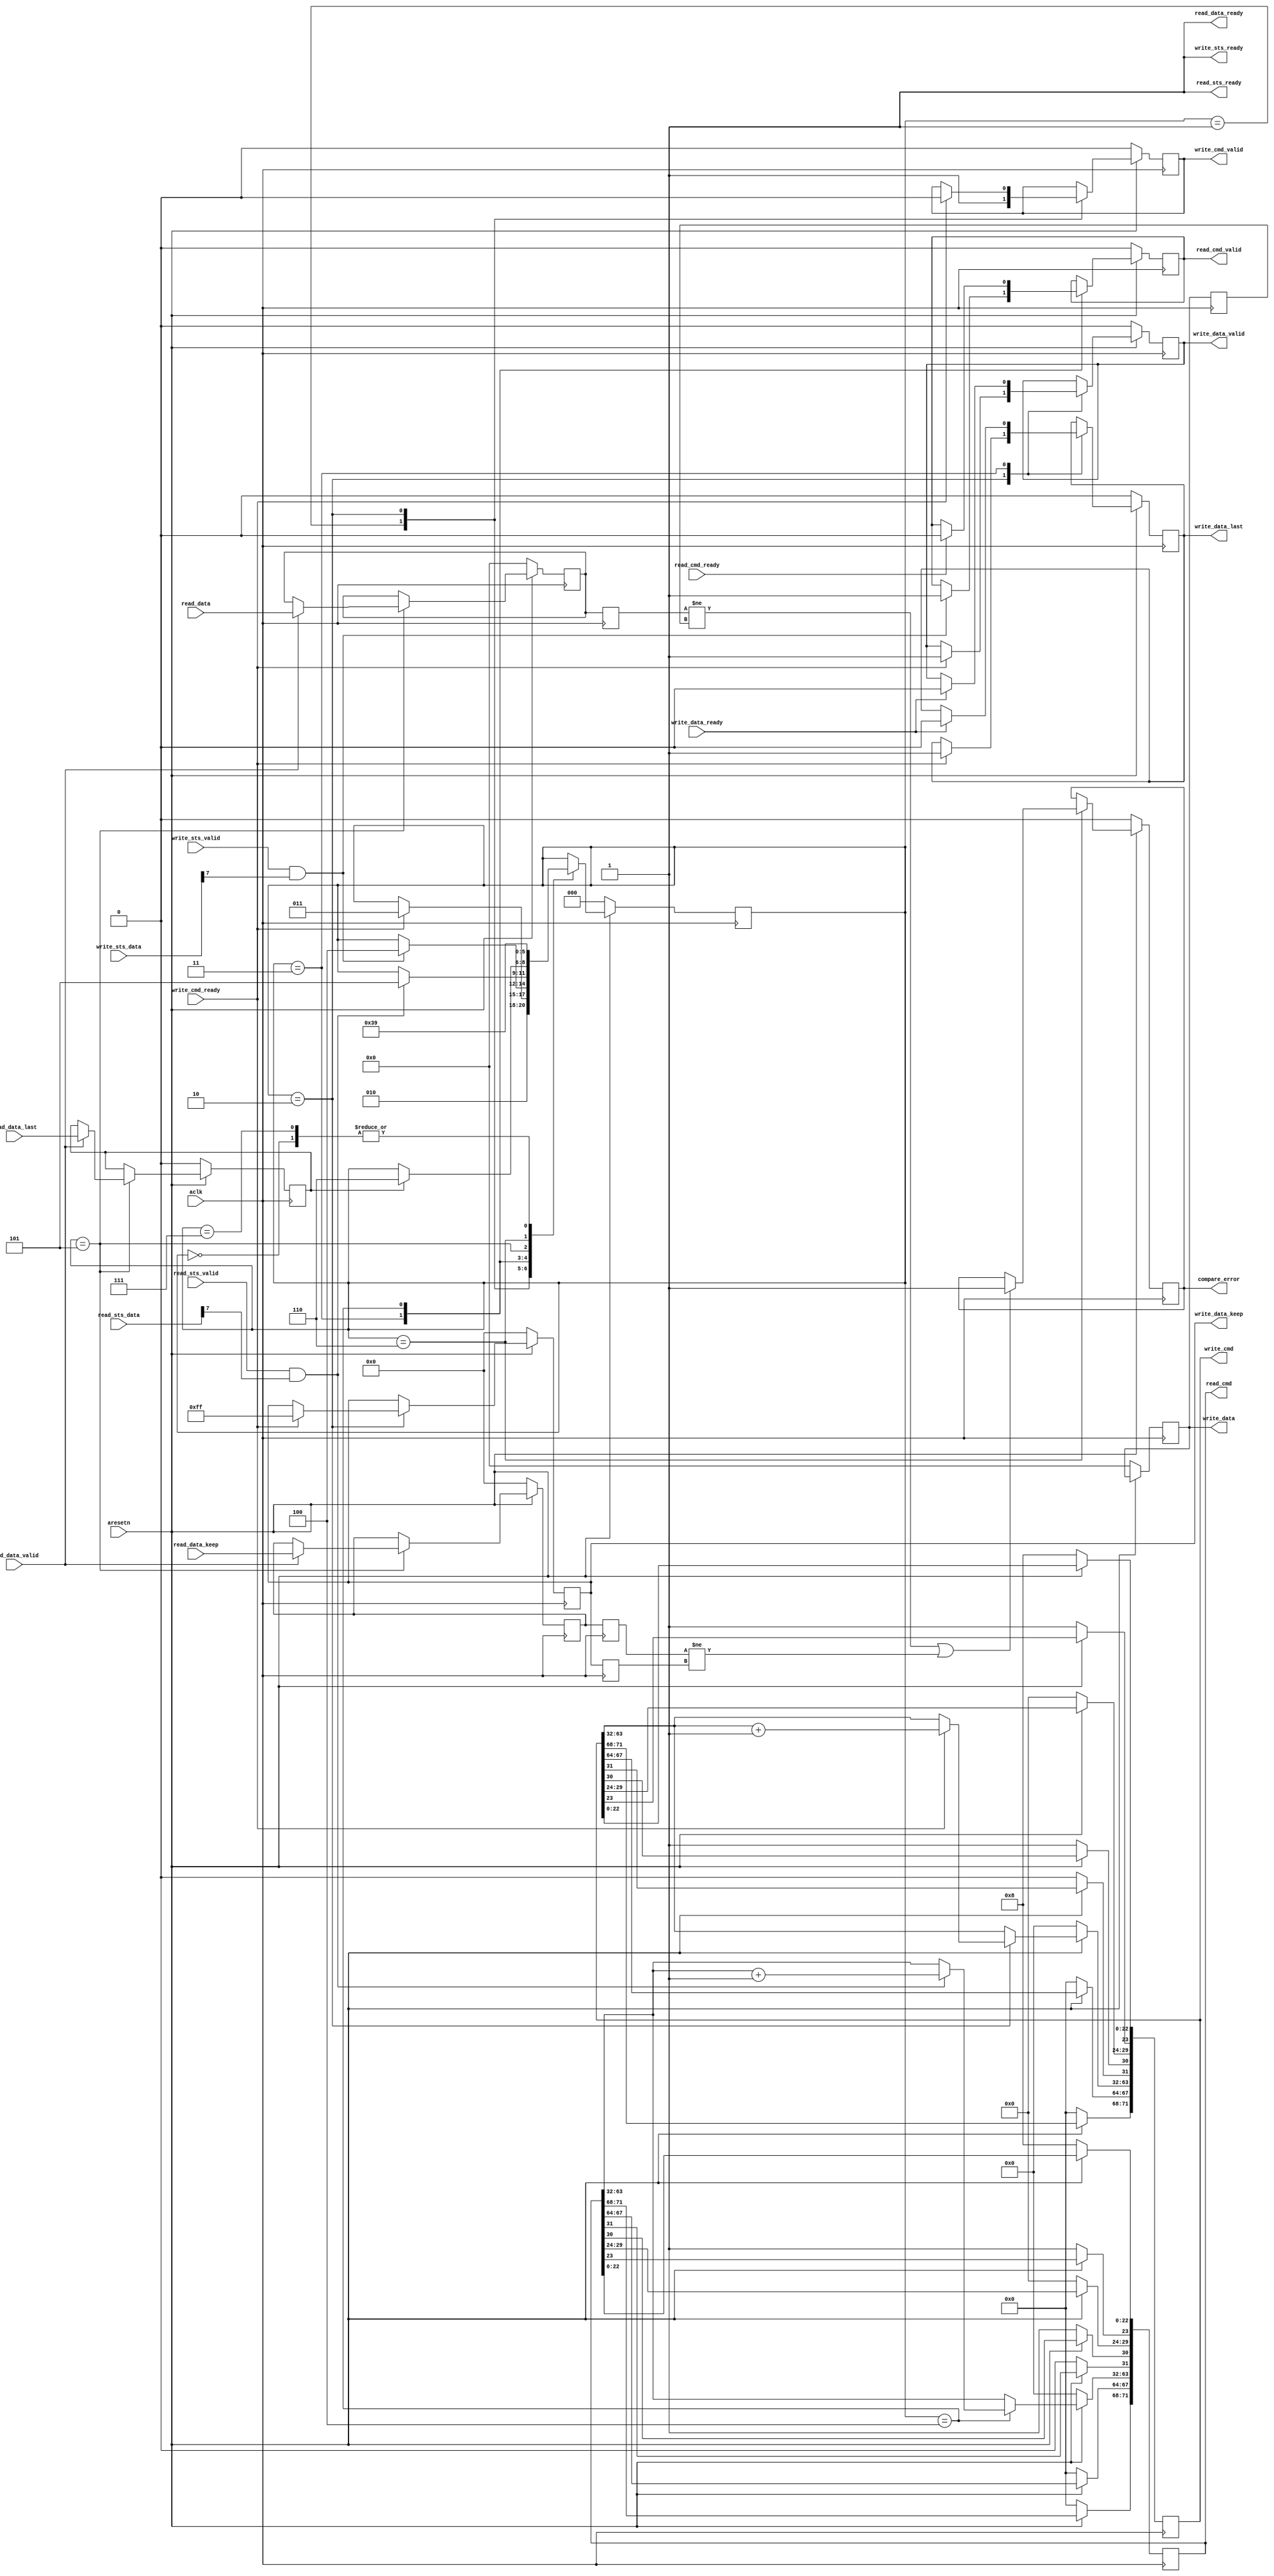
module stream_tg #(
    parameter DATA_WIDTH = 64,
    parameter KEEP_WIDTH = 8,
    parameter START_ADDR = 0,
    parameter START_DATA = 0,
    parameter BTT = 23'd8,
    parameter DRR = 1'b0,
    parameter DSA = 6'd0
)
(
    input aclk,
    input aresetn,
    output [71:0] write_cmd,
    output write_cmd_valid,
    input write_cmd_ready,
    output [DATA_WIDTH-1: 0] write_data,
    output write_data_valid,
    input write_data_ready,
    output [KEEP_WIDTH-1: 0] write_data_keep,
    output write_data_last,
    output [71:0] read_cmd,
    output read_cmd_valid,
    input read_cmd_ready,
    input [DATA_WIDTH-1: 0] read_data,
    input read_data_valid,
    input [KEEP_WIDTH-1: 0] read_data_keep,
    input read_data_last,
    output read_data_ready,
    input [7:0] read_sts_data,
    input read_sts_valid,
    output read_sts_ready,
    input [31:0] write_sts_data,
    input write_sts_valid,
    output write_sts_ready,
    output compare_error
);

//local parameters for test state machine
localparam ITERATIONS = 1; //test iterations. Each iteration involves state transition from WRITE TO COMPARE
localparam IDLE = 3'd0;
localparam START = 3'd1;
localparam WRITE_CMD = 3'd2;
localparam WRITE_DATA = 3'd3;
localparam READ_CMD = 3'd4;
localparam READ_DATA = 3'd5;
localparam COMPARE = 3'd6;
localparam FINISH = 3'd7;

//localparam BTT = 23'd16;
localparam TYPE = 1'd1;
localparam EOF = 1'd1;
//localparam DRR = 1'd1;
localparam TAG = 4'd0;
localparam RSVD = 4'd0;

reg [31:0] iter_count_r;
reg [2:0] test_state_r;

reg [71:0] write_cmd_r;
reg write_cmd_valid_r;
reg [DATA_WIDTH-1: 0] write_data_r, write_data_r1;
reg write_data_valid_r;
reg [KEEP_WIDTH-1: 0] write_data_keep_r, write_data_keep_r1;
reg write_data_last_r;
reg [71:0] read_cmd_r;
reg read_cmd_valid_r;
reg [DATA_WIDTH-1: 0] read_data_r, read_data_r1;
reg read_data_valid_r;
reg [KEEP_WIDTH-1: 0] read_data_keep_r, read_data_keep_r1;
reg read_data_last_r, read_data_last_r1;

reg compare_error_r;

assign compare_error = compare_error_r;
assign write_cmd = write_cmd_r;
assign write_cmd_valid = write_cmd_valid_r;
assign write_data = write_data_r;
assign write_data_valid = write_data_valid_r;
assign write_data_keep = write_data_keep_r;
assign write_data_last = write_data_last_r;
assign read_cmd = read_cmd_r;
assign read_cmd_valid = read_cmd_valid_r;
assign read_data_ready = 1'b1;
assign read_sts_ready = 1'b1;
assign write_sts_ready = 1'b1;
//main state machine
always @(posedge aclk)
    if (~aresetn) begin
        write_cmd_r[22:0] <= BTT;
        write_cmd_r[23] <= TYPE;
        write_cmd_r[29:24] <= DSA;
        write_cmd_r[30] <= EOF;
        write_cmd_r[31] <= DRR;
        write_cmd_r[63:32] <= START_ADDR;
        write_cmd_r[67:64] <= TAG;
        write_cmd_r[71:68] <= RSVD;      
        
        read_cmd_r[22:0] <= BTT;
        read_cmd_r[23] <= TYPE;
        read_cmd_r[29:24] <= DSA;
        read_cmd_r[30] <= EOF;
        read_cmd_r[31] <= DRR;
        read_cmd_r[63:32] <= START_ADDR;
        read_cmd_r[67:64] <= TAG;
        read_cmd_r[71:68] <= RSVD;
        
        write_data_r <= START_DATA;
        
        write_cmd_valid_r <= 1'b0;
        write_data_valid_r <= 1'b0;
        read_cmd_valid_r <= 1'b0;
        
        write_data_keep_r <= 0;
        write_data_last_r <= 1'b0;
        
        //iter_count_r <= 0;
        
        test_state_r <= IDLE;
        
        compare_error_r <= 1'b0;
        
        read_data_r <= 0;
        read_data_keep_r <= 0;
        read_data_last_r <= 0;
    end
    else
        case (test_state_r)
            IDLE:   begin test_state_r <= START; end
            START:  begin 
                        test_state_r <= WRITE_CMD;
                        write_cmd_valid_r <= 1'b1; 
                    end
            WRITE_CMD: begin
                        if (write_cmd_ready) begin
                            write_cmd_valid_r <= 1'b0;
                            test_state_r <= WRITE_DATA;
                            write_data_keep_r <= {{KEEP_WIDTH}{1'b1}};
                            write_data_last_r <= 1'b1;
                            write_data_valid_r <= 1'b1;
                            write_cmd_r[63:32] <= write_cmd_r[63:32] + 1;
                        end
                       end
            WRITE_DATA: begin
                            if (write_data_ready) begin
                                write_data_valid_r <= 1'b0;
                                write_data_last_r <= 1'b0;
                            end
                            if (write_sts_valid & write_sts_data[7]) begin
                                test_state_r <= READ_CMD;
                                read_cmd_valid_r <= 1'b1;
                            end
                        end
            READ_CMD: begin
                        if (read_cmd_ready) begin
                            read_cmd_valid_r <= 1'b0;
                        end
                        if (read_sts_valid & read_sts_data[7]) begin
                            test_state_r <= READ_DATA;
                            read_cmd_r[63:32] <= read_cmd_r[63:32] + 1;
                        end
                      end
            READ_DATA: begin
                           if (read_data_valid) begin
                                read_data_r <= read_data;
                                read_data_keep_r <= read_data_keep;
                                read_data_last_r <= read_data_last;
                           end
                           if (read_data_last_r) begin
                                test_state_r <= COMPARE;
                           end
                       end
            COMPARE: begin
                        if ((read_data_r1 != write_data_r1) | (read_data_keep_r1 != write_data_keep_r1)) begin
                            compare_error_r <= 1'b1;
                        end
                        test_state_r <= FINISH;
                     end
            FINISH: begin
                        //test_state_r <= FINISH;
                        test_state_r <= START;
                    end    
        endcase 
        
        always @(posedge aclk) begin
            read_data_r1 <= read_data_r;
            read_data_keep_r1 <= read_data_keep_r;
            write_data_r1 <= write_data_r;
            write_data_keep_r1 <= write_data_keep_r;
        end

endmodule